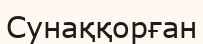
Сунаққорған